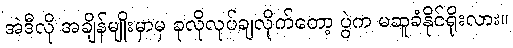
အဲဒီလို အချိန်မျိုးမှာမှ ခုလိုလုပ်ချလိုက်တော့ ပွဲက မဆူခံနိုင်ရိုးလား။